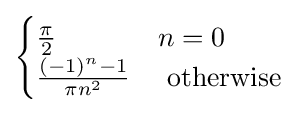
{\begin{cases}{\frac {\pi }{2}}&n=0\\{\frac {(-1)^{n}-1}{\pi n^{2}}}&{\text{ otherwise}}\end{cases}}